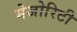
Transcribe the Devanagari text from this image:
मेजोरिटी